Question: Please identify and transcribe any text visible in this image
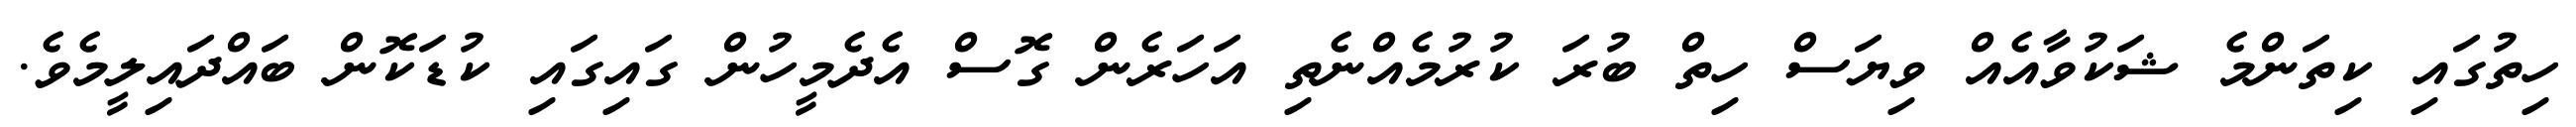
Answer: ހިތުގައި ކިތަންމެ ޝަކުވާއެއް ވިޔަސް ހިތް ބުރަ ކުރުމެއްނެތި އަހަރެން ގޮސް އެދެމީހުން ގައިގައި ކުޑަކޮން ބައްދައިލީމެވެ.